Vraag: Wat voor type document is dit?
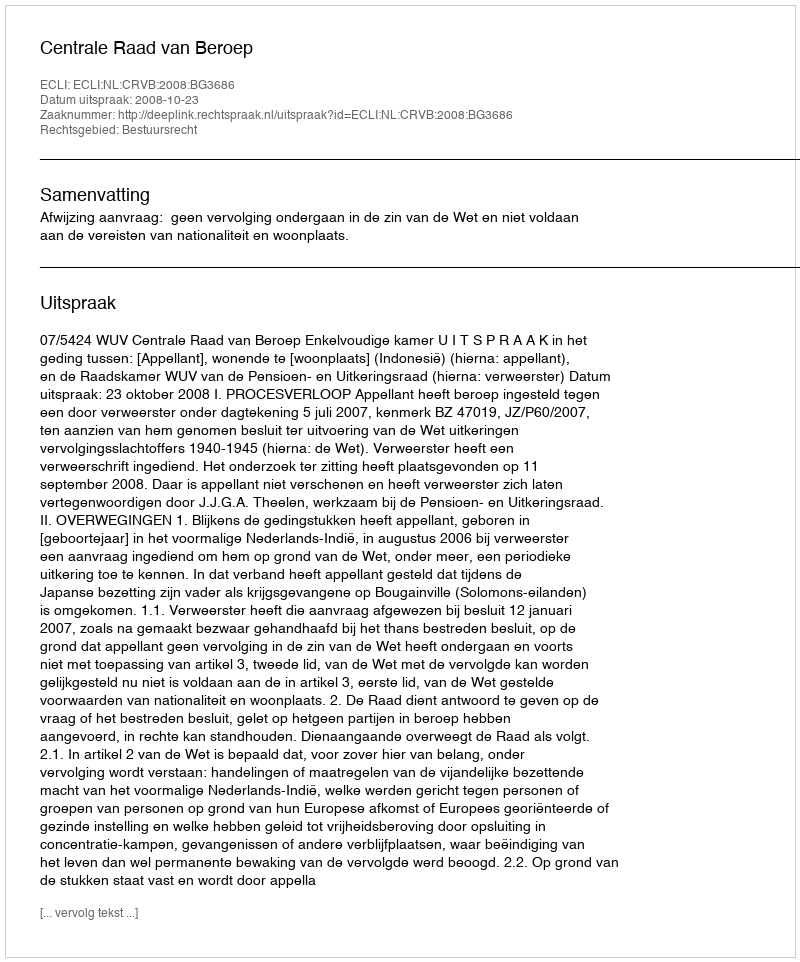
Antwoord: Uitspraak